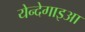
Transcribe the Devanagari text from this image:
येन्देगाइआ